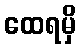
ထေရမှိ